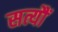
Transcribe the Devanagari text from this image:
सत्यौं